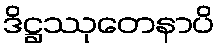
ဒိဋ္ဌဿုတေနာပိ